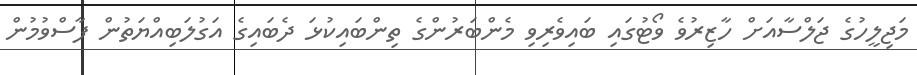
މަޖިލީހުގެ ޖަލްސާއަށް ހާޒިރުވެ ވޯޓުގައި ބައިވެރިވި މެންބަރުންގެ ތިންބައިކުޅަ ދެބައިގެ އަގުލަބިއްޔަތުން ފާސްވުމުން